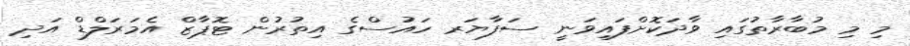
މި މި މުބާރާތުގައި ވާދަކޮށްފައިވަނީ ސަފާޔަރ ހައުސްގެ އިތުރުން ޓޮޕާޒް އެމަރަލްޑް އަދި